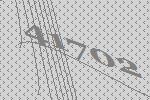
41702